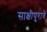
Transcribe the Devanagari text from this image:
साक्षीपुरावे